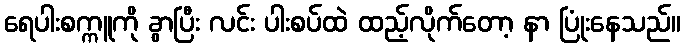
ရေပါးစက္ကူကို ခွာပြီး လင်း ပါးစပ်ထဲ ထည့်လိုက်တော့ နာ ပြုံးနေသည်။